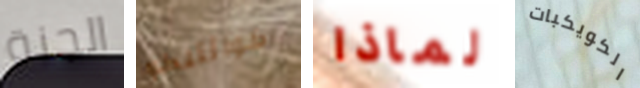
الجنة كوانتيكو لماذا الكويكبات